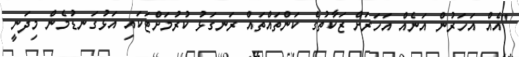
"އެއް އަހަރުން އަނެއް އަހަރަށް ޒަކާތުގެ ކަންތައްތައް ރަނގަޅު ކުރުމަށްޓަކައި އަޅުގަނޑުމެން މިދަނީ